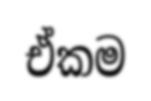
ඒකම